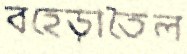
বহেড়াতৈল